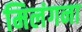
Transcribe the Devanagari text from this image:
मिलंगना